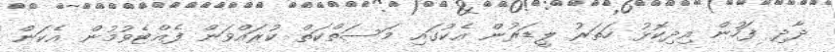
ދާދި ފަހުން އިދިކޮޅު ހަތަރު ލީޑަރުން އެކުގައި މަސަތްކަތް ކުރައްވަން ފެއްޓެވުމުން އެކަން